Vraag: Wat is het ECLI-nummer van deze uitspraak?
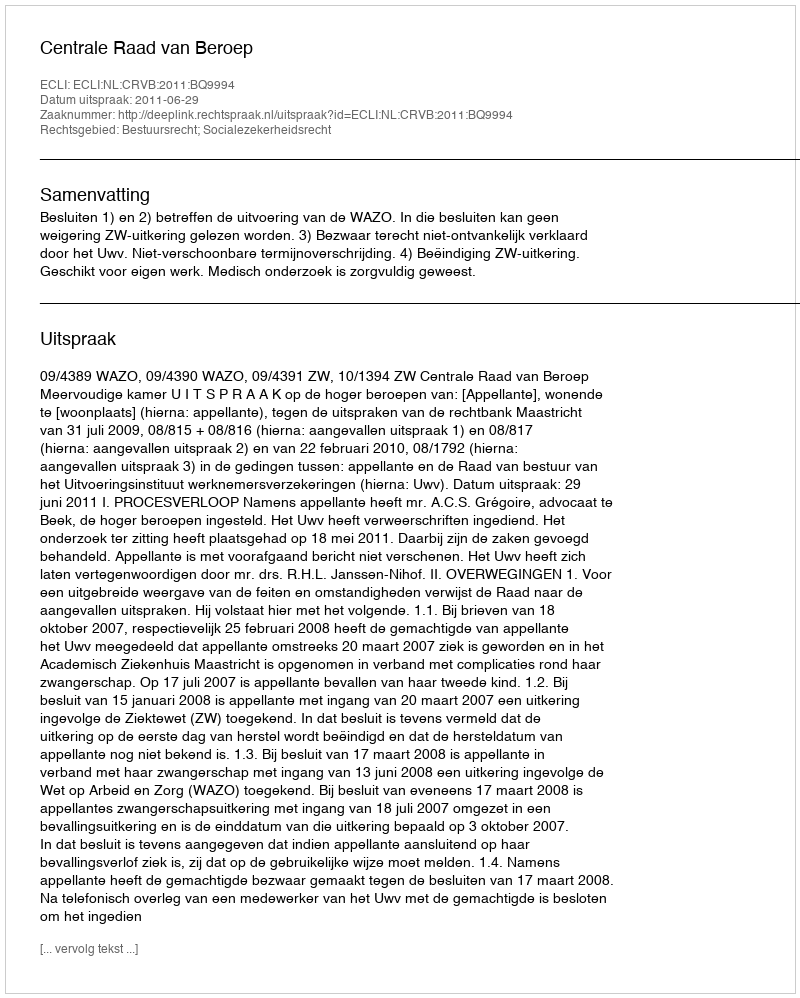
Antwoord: ECLI:NL:CRVB:2011:BQ9994